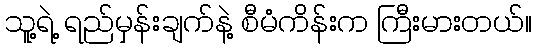
သူ့ရဲ့ ရည်မှန်းချက်နဲ့ စီမံကိန်းက ကြီးမားတယ်။